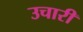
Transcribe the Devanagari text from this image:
उचारी